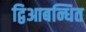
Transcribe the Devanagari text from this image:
द्विआबन्धित